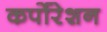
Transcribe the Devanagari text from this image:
कर्पोरेशन